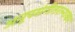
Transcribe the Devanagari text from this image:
अनूपसंगीतरत्नाकर